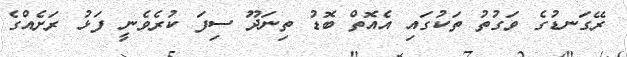
ރޭގަނޑުގެ ވަގުތު ތަކުގައި އެއޮތް ބޮޑު ތިނަދޫ ސިފަ ކުރެވެނީ ފަޅު ރަށެއްގެ